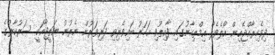
ދިވެހިރާއްޖެއިން އޯލެވެލް އިމްތިހާނުގައި ފާއިތުވި އަހަރު ބައިވެރިވި ދަރިވަރުން ނެރުނު ނަތީޖާއަކީ ސަރުކާރުގެ